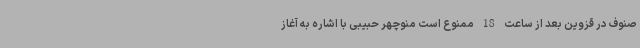
صنوف در قزوین بعد از ساعت 18 ممنوع است منوچهر حبیبی با اشاره به آغاز